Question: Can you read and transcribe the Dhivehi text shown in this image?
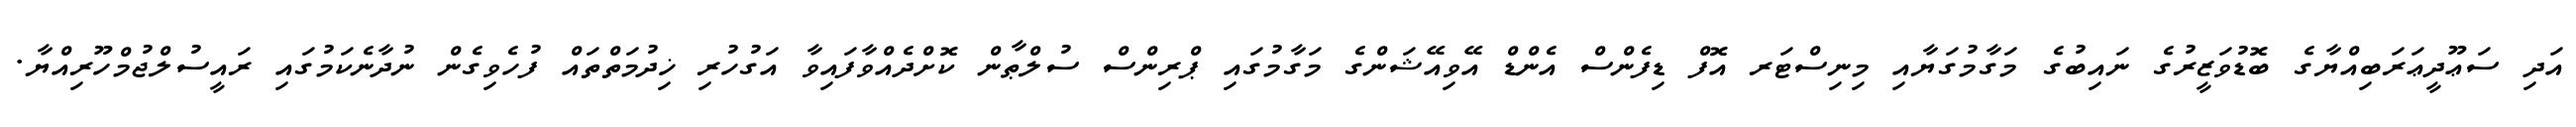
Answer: އަދި ސަޢޫދީޢަރަބިއްޔާގެ ބޮޑުވަޒީރުގެ ނައިބުގެ މަގާމުގަޔާއި މިނިސްޓަރ އޮފް ޑިފެންސް އެންޑް އޭވިއޭޝަންގެ މަގާމުގައި ޕްރިންސް ސުލްޠާން ކޮށްދެއްވާފައިވާ އަގުހުރި ޚިދުމަތްތައް ފުހެވިގެން ނުދާނެކަމުގައި ރައީސުލްޖުމްހޫރިއްޔާ.